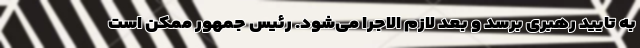
به تایید رهبری برسد و بعد لازم الاجرا می‌شود. رئیس جمهور ممکن است